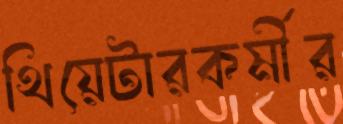
থিয়েটারকর্মীর